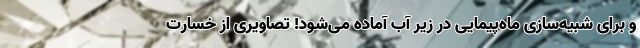
و برای شبیه‌سازی ماه‌پیمایی در زیر آب آماده می‌شود! تصاویری از خسارت